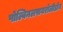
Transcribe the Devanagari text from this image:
पोल्विनलपायरोलीडोन